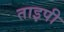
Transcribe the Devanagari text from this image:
ताइपी